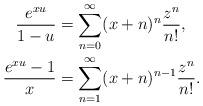
LaTeX: \begin{align*}\frac{e^{xu}}{1-u}&=\sum_{n=0}^{\infty} (x+n)^n \frac{z^n}{n!}, \\\frac{e^{xu}-1}{x}&=\sum_{n= 1}^{\infty} (x+n)^{n-1}\frac{z^n}{n!}. \end{align*}